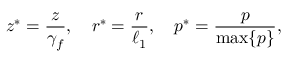
z ^ { * } = \frac { z } { \gamma _ { f } } , \quad r ^ { * } = \frac { r } { \ell _ { 1 } } , \quad p ^ { * } = \frac { p } { \operatorname* { m a x } \{ p \} } ,